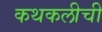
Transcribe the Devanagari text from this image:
कथकलीची